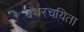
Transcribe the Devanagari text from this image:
ग्रंथरचयिता